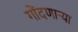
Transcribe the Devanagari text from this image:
गोंदणार्‍या